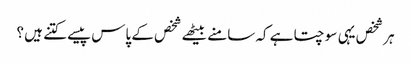
ہر شخص یہی سوچتا ہے کہ سامنے بیٹھے شخص کے پاس پیسے کتنے ہیں ؟